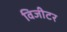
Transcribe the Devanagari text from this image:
विजीटर